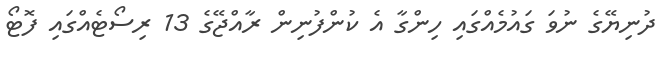
ދުނިޔޭގެ ނުވަ ގައުމެއްގައި ހިންގާ އެ ކުންފުނިން ރާއްޖޭގެ 13 ރިސޯޓެއްގައި ފޮޓޯ